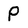
Character: P